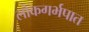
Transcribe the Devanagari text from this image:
लोकगर्भपात